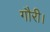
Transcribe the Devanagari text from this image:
गौरी।